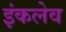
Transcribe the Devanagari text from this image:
इंकलेव